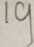
1 9